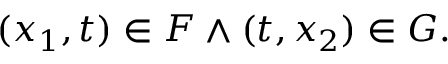
( x _ { 1 } , t ) \in F \land ( t , x _ { 2 } ) \in G .